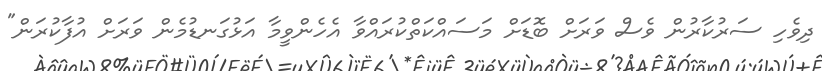
ދިވެހި ސަރުކާރުން ވެސް ވަރަށް ބޮޑަށް މަސައްކަތްކުރައްވާ އެހެންވީމާ އަޅުގަނޑުމެން ވަރަށް އުފާކުރަން"